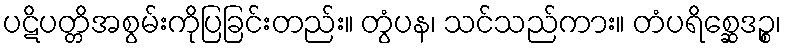
ပဋိပတ္တိအစွမ်းကိုပြခြင်းတည်း။ တွံပန၊ သင်သည်ကား။ တံပရိစ္ဆေဒဉ္စ၊